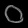
Digit: ၀